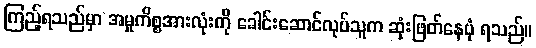
ကြည့်ရသည်မှာ အမှုကိစ္စအားလုံးကို ခေါင်းဆောင်လုပ်သူက ဆုံးဖြတ်နေပုံ ရသည်။